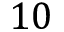
1 0